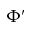
\Phi ^ { \prime }